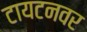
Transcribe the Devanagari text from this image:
टायटनवर